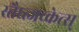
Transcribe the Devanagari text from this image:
स्तैघ्त्जच्केत्स्